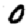
Digit: 0